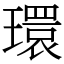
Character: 環